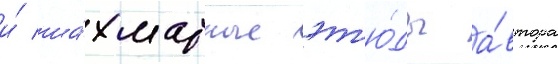
и́ ша́хматные эт'ю́ды а́втора